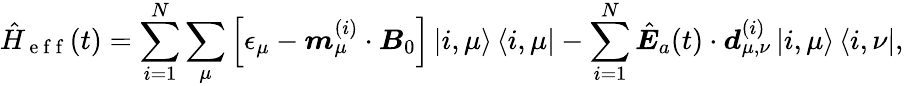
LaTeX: \hat{H}_{\mathrm{~e~f~f~}}(t)=\sum_{i=1}^{N}\sum_{\mu}\left[\epsilon_{\mu}-\boldsymbol m_{\mu}^{(i)}\cdot{\boldsymbol B}_{0}\right]\left|i,\mu\right>\left<i,\mu\right|-\sum_{i=1}^{N}\hat{\boldsymbol E}_{a}(t)\cdot\boldsymbol d_{\mu,\nu}^{(i)}\left|i,\mu\right>\left<i,\nu\right|,